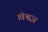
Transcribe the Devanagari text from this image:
विश्वज्ञ